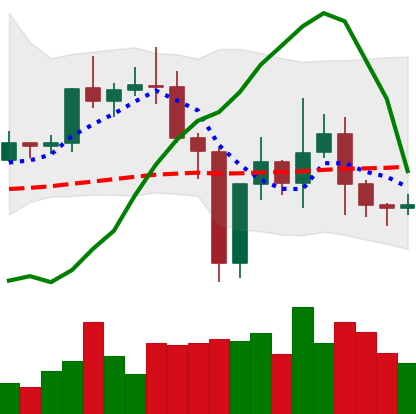
Ticker: TRX-USD
Chart end date: 2021-01-01
Forward return: 13.27%
Label: up_7plus